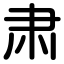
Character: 肃